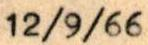
12/9/66